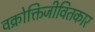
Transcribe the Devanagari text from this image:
वक्रोक्तिजीवितकार